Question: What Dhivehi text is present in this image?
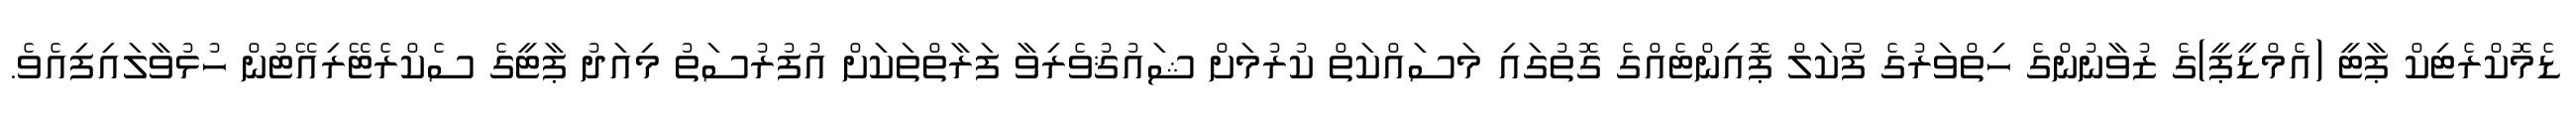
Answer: ޑެމޮކްރެޓިކް ޕާޓީ (އެމްޑީޕީ)ގެ ޒުވާނުންގެ ހިތްވަރުގެ ފޯކަލް ޕޮއިންޓެއްގެ ގޮތުގައި މަސައްކަތް ކުރުމަށް ޝައުޤުވެރިވާ ފަރާތްތަކަށް އުފުރުސަތު މިއަދު ޕާޓީގެ ސެކްރެޓޭރިއޭޓުން ހުޅުވާލައިފިއެވެ.